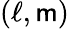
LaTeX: (\ell,\mathsf{m})